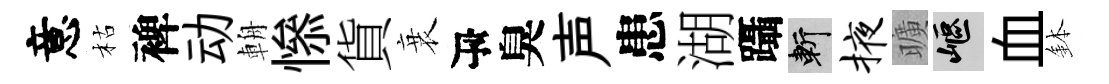
意枯裨动輈𢡖貨衰瓴臭声患湖躡斬掖曠嶇血鉢